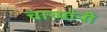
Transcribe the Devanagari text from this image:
चाच्यांनी